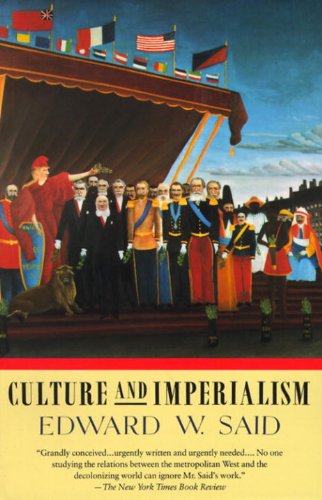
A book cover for Culture and Imperialism; Edward W. Said; Politics & Social Sciences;